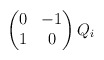
\begin{align*} \begin{pmatrix} 0 & -1 \\ 1 & 0 \end{pmatrix}Q_{i} \end{align*}